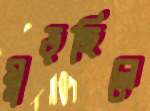
মুড়ছিলে